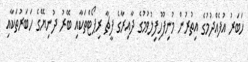
ހަބަރު އުފެއްދުމުގެ އިތުރުން މުނިފޫހިފިލުވުމުގެ ދާއިރާގެ ފީޗާ ރިޕޯޓްތަކާއި ބޭރު ދުނިޔޭގެ ހަބަރުތަކާއި